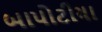
બાપોટીયા